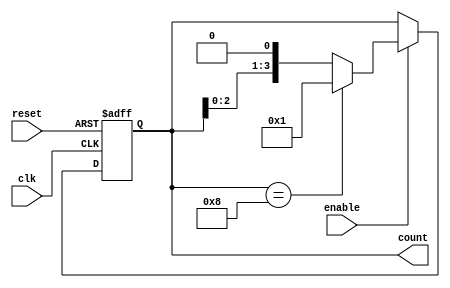
module ring_counter_with_enable (
    input clk,
    input reset,
    input enable,
    output reg [3:0] count
);

always @ (posedge clk or posedge reset) begin
    if (reset) begin
        count <= 4'b0001;
    end else begin
        if (enable) begin
            count <= count << 1;
            if (count == 4'b1000) begin
                count <= 4'b0001;
            end
        end
    end
end

endmodule